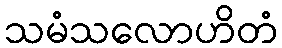
သမံသလောဟိတံ